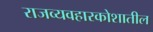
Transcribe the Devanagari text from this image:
राजव्यवहारकोशातील